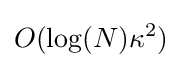
O(\log(N)\kappa ^{2})